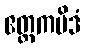
ဧတ္တကမိဒံ